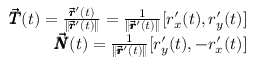
\begin{array} { r } { \pmb { \vec { T } } ( t ) = \frac { \pmb { \vec { r } } ^ { \prime } ( t ) } { \lVert \pmb { \vec { r } } ^ { \prime } ( t ) \rVert } = \frac { 1 } { \lVert \pmb { \vec { r } } ^ { \prime } ( t ) \rVert } [ r _ { x } ^ { \prime } ( t ) , r _ { y } ^ { \prime } ( t ) ] } \\ { \pmb { \vec { N } } ( t ) = \frac { 1 } { \lVert \pmb { \vec { r } } ^ { \prime } ( t ) \rVert } [ r _ { y } ^ { \prime } ( t ) , - r _ { x } ^ { \prime } ( t ) ] } \end{array}